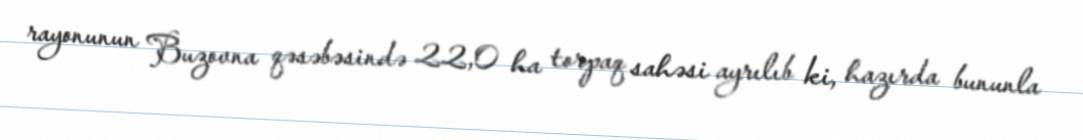
rayonunun Buzovna qəsəbəsində 22,0 ha torpaq sahəsi ayrılıb ki, hazırda bununla